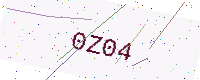
Text: 0Z04